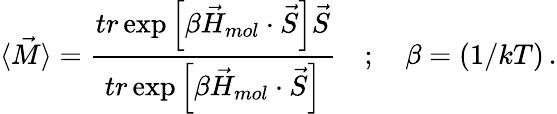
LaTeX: \langle\vec{M}\rangle=\frac{tr\exp\left[\beta\vec{H}_{mol}\cdot\vec{S}\right]\vec{S}}{tr\exp\left[\beta\vec{H}_{mol}\cdot\vec{S}\right]}\quad;\quad\beta=(1/kT)\, .